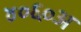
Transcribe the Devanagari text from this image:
४०६०अ